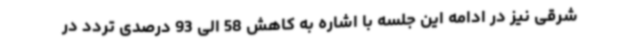
شرقی نیز در ادامه این جلسه با اشاره به کاهش 58 الی 93 درصدی تردد در